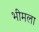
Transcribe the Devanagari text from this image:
भीमला